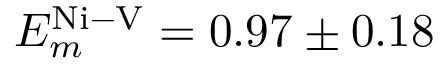
E _ { m } ^ { \mathrm { N i - V } } = 0 . 9 7 \pm 0 . 1 8